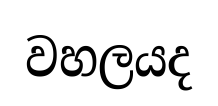
වහලයද